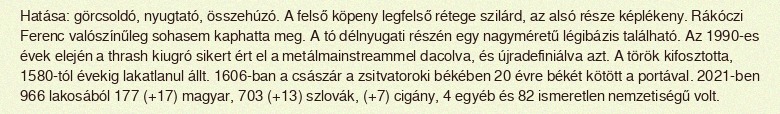
Hatása: görcsoldó, nyugtató, összehúzó. A felső köpeny legfelső rétege szilárd, az alsó része képlékeny. Rákóczi Ferenc valószínűleg sohasem kaphatta meg. A tó délnyugati részén egy nagyméretű légibázis található. Az 1990-es évek elején a thrash kiugró sikert ért el a metálmainstreammel dacolva, és újradefiniálva azt. A török kifosztotta, 1580-tól évekig lakatlanul állt. 1606-ban a császár a zsitvatoroki békében 20 évre békét kötött a portával. 2021-ben 966 lakosából 177 (+17) magyar, 703 (+13) szlovák, (+7) cigány, 4 egyéb és 82 ismeretlen nemzetiségű volt.